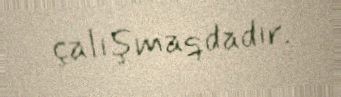
çalışmaqdadır.